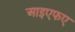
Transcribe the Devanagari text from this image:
आइएफए